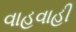
વાહવાહી